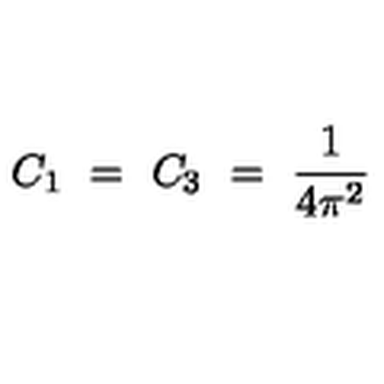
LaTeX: C _ { 1 } \ = \ C _ { 3 } \ = \ \frac { 1 } { 4 \pi ^ { 2 } }